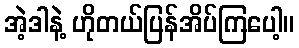
အဲ့ဒါနဲ့ ဟိုတယ်ပြန်အိပ်ကြပေါ့။